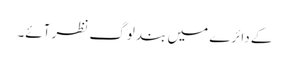
کے دائرے میں بند لوگ نظر آئے۔